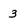
Character: 3